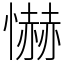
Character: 懗